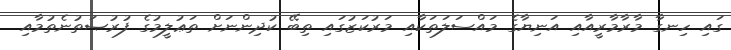
ގައި ހިނގާ މާރާމާރީއާއި އަނިޔާގެ މައްސަލަތަކާއި މަރުކަޒުގައި ތިބޭ ކުދިންނަށް ތަޢުލީމުގެ ފުރުޞަތުނެތުމާއި